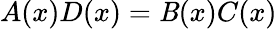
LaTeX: A(x)D(x)=\mathit{B}(x)C(x)